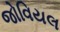
જોવિયલ